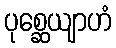
ပုစ္ဆေယျာဟံ